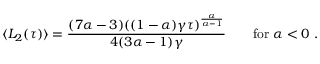
\langle L _ { 2 } ( \tau ) \rangle = \frac { ( 7 \alpha - 3 ) ( ( 1 - \alpha ) \gamma \tau ) ^ { \frac { \alpha } { \alpha - 1 } } } { 4 ( 3 \alpha - 1 ) \gamma } \qquad \mathrm { f o r } \ \alpha < 0 \ .